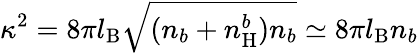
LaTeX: \kappa^{2}=8\pi l_{\mathrm{B}}\sqrt{(n_{b}+n_{\mathrm{H}}^{b})n_{b}}\simeq 8\pi l_{\mathrm{B}}n_{b}